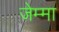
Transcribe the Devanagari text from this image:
जेम्मा